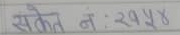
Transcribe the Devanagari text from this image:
संकेत नं: ख१४४